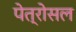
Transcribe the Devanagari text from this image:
पेत्रोसल